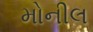
મોનીલ